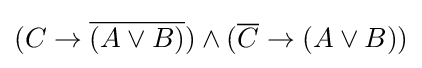
(C\rightarrow {\overline {(A\vee B)}})\wedge ({\overline {C}}\rightarrow (A\vee B))